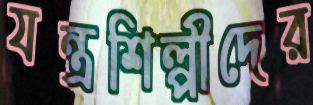
যন্ত্রশিল্পীদের